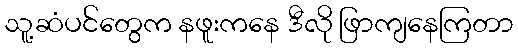
သူ့ဆံပင်တွေက နဖူးကနေ ဒီလို ဖြာကျနေကြတာ